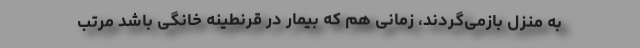
به منزل بازمی‌گردند، زمانی هم که بیمار در قرنطینه خانگی باشد مرتب